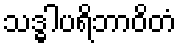
သဒ္ဓါပရိဘာဝိတံ